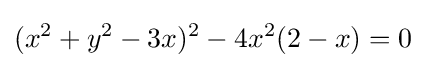
(x^{2}+y^{2}-3x)^{2}-4x^{2}(2-x)=0